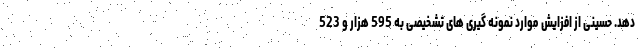
دهد. حسینی از افزایش موارد نمونه گیری های تشخیصی به 595 هزار و 523